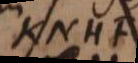
KNHF